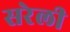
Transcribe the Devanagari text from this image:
सरेली